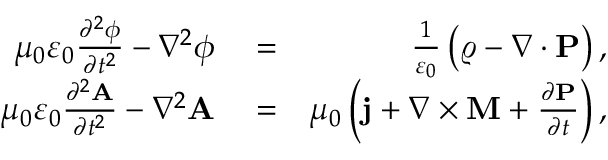
\begin{array} { r l r } { \mu _ { 0 } \varepsilon _ { 0 } \frac { \partial ^ { 2 } \phi } { \partial t ^ { 2 } } - \nabla ^ { 2 } \phi } & { { } = } & { \frac { 1 } { \varepsilon _ { 0 } } \left( \varrho - \nabla \cdot \mathbf { P } \right) , } \\ { \mu _ { 0 } \varepsilon _ { 0 } \frac { \partial ^ { 2 } \mathbf { A } } { \partial t ^ { 2 } } - \nabla ^ { 2 } \mathbf { A } } & { { } = } & { \mu _ { 0 } \left( \mathbf { j } + \nabla \times \mathbf { M } + \frac { \partial \mathbf { P } } { \partial t } \right) , } \end{array}